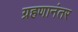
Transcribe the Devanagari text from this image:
ग्रहणानंतर